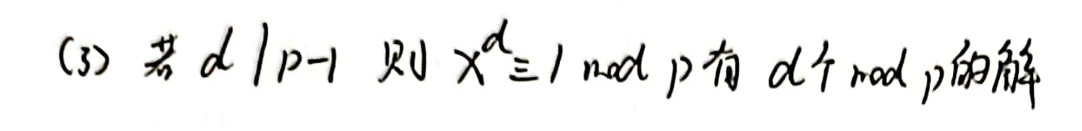
(3) 若 \(d\mid p - 1\)，则 \(x^{d}\equiv 1\pmod{p}\) 有 \(d\) 个 \(\bmod p\) 的解。